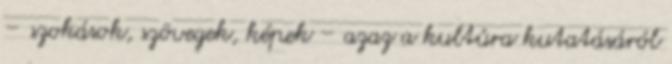
– szokások, szövegek, képek – azaz a kultúra kutatásáról